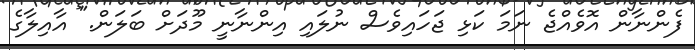
ފެންނާން އޮވެއްޖެ ނަމަ ކަޅި ޖަހައިވެސް ނުލައި އިންނާނީ މޫދަށް ބަލަން." އާއިލާގެ